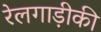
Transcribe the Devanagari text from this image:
रेलगाड़ीकी